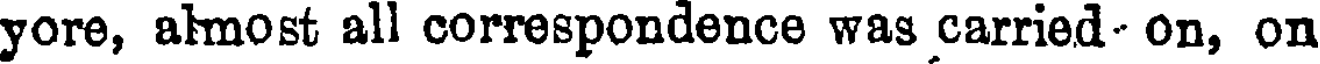
yore, almost all correspondence was carried- on, on